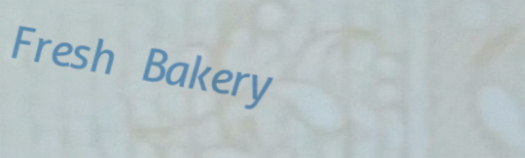
Fresh Bakery